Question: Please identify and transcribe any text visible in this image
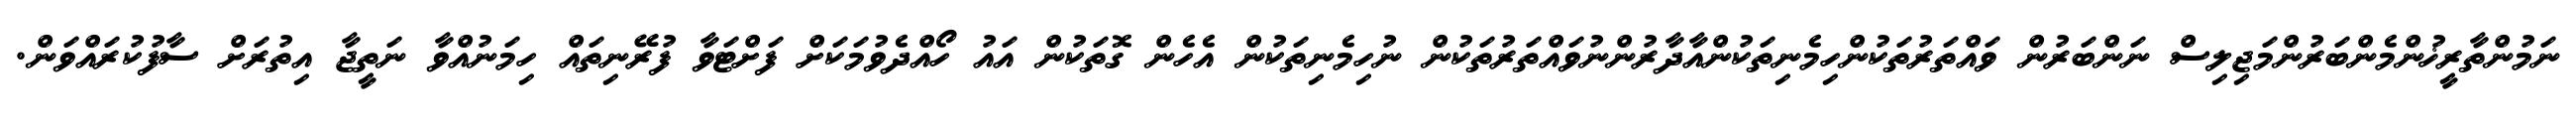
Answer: ނަމުންތާރީޚުންމެންބަރުންމަޖިލިސް ނަންބަރުން ވައްތަރުތަކުންހިމެނިތަކުންއާދާރުންނުވައްތަރުތަކުން ނުހިމެނިތަކުން އެހެން ގޮތަކުން އައު ހޯއްދެވުމަކަށް ފަށްޓަވާ ފުރޭނިތައް ހިމަނުއްވާ ނަތީޖާ އިތުރަށް ސާފުކުރައްވަން.